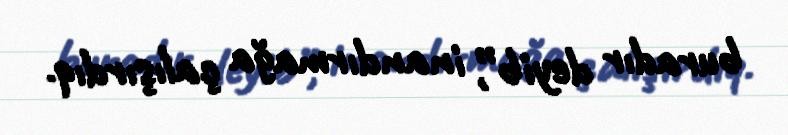
buradır deyib”, inandırmağa çalışırdıq.